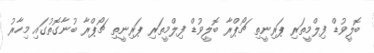
ބޮލީވުޑް ފިލްމީތަރި ޕަރިނީތި ޗޯޕްރާ ބޮލީވުޑް ފިލްމީތަރި ޕަރިނީތި ޗޯޕްރާ ބުނާގޮތުގައި މިހާރު